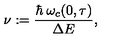
\nu : = \frac { \hbar \: \omega _ { c } ( 0 , \tau ) } { \Delta E } ,